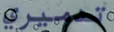
تدميري